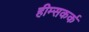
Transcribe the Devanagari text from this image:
हीम्सकर्क